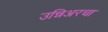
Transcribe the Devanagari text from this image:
उन्निअरचा